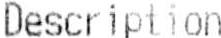
DESCRIPTION